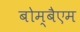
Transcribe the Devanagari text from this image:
बोम्बैएम